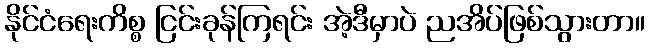
နိုင်ငံရေးကိစ္စ ငြင်းခုန်ကြရင်း အဲ့ဒီမှာပဲ ညအိပ်ဖြစ်သွားတာ။